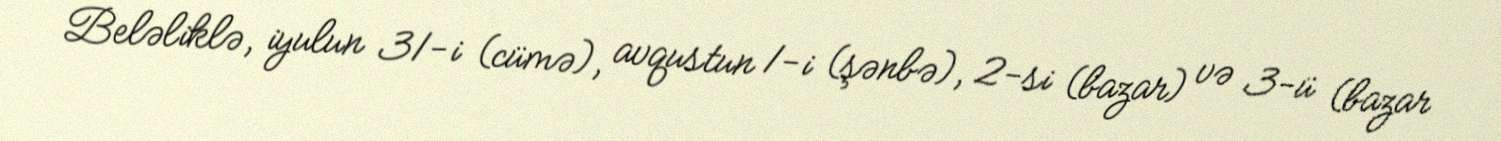
Beləliklə, iyulun 31-i (cümə), avqustun 1-i (şənbə), 2-si (bazar) və 3-ü (bazar